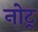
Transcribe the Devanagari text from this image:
नोट्र